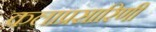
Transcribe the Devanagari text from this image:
कलाप्रसारिणी